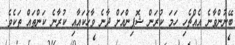
ބޭނުންވާނެ އެއްޗެހި ހަމަ ކުރަން ޝޮޕިންއަށް ދާނެ ވާހަކައާއި ކުރާނެ ކަންތައް ތަކެވެ.